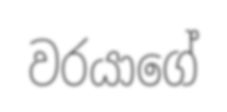
වරයාගේ